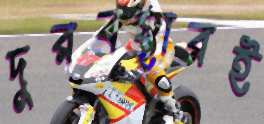
দুরবস্থারই